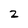
Character: z